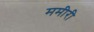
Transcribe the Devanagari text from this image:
ममीरी